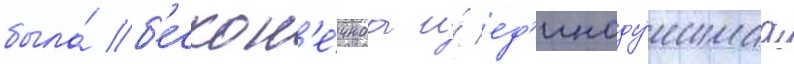
была́ б'ескон'е́чнаа и́ ед'иноду́шнаа